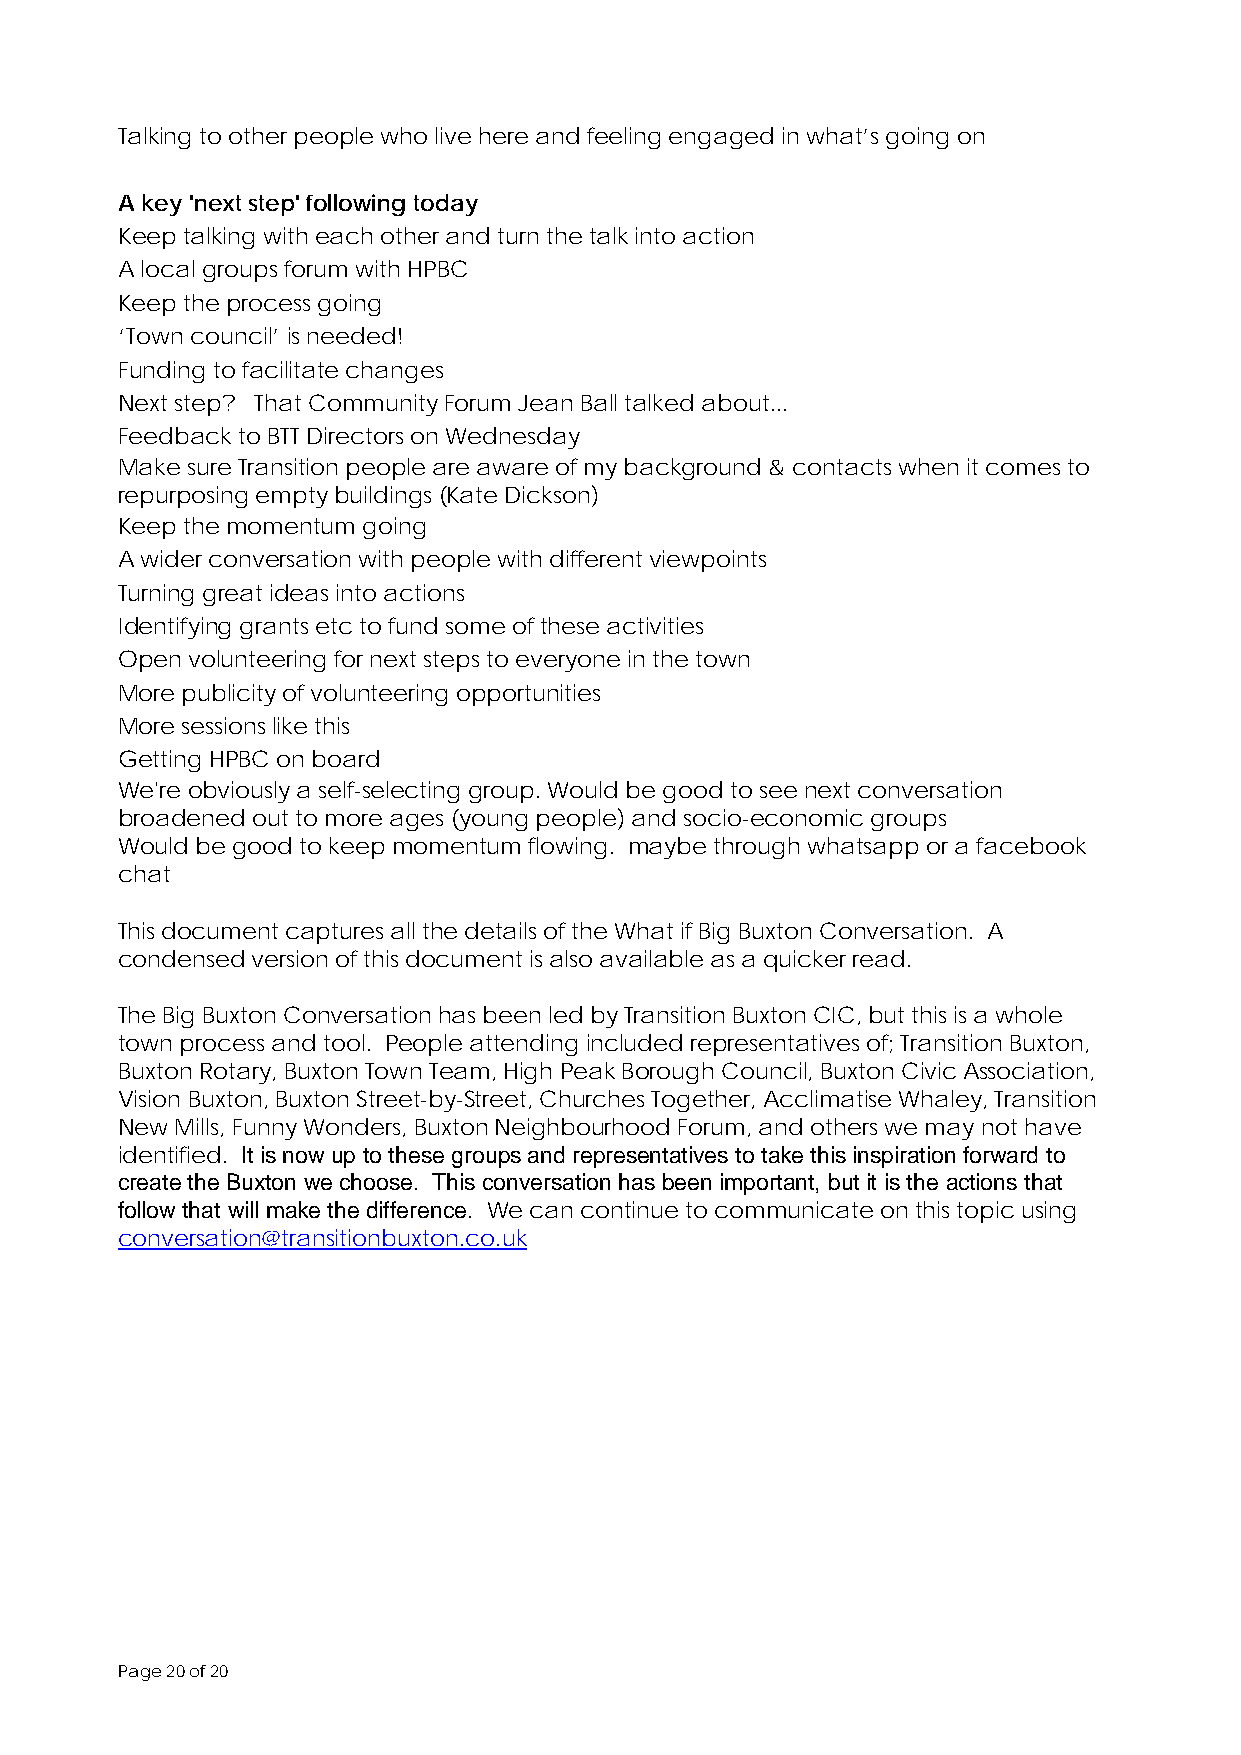
Talking to other people who live here and feeling engaged in what’s going on
 A key 'next step' following today
 Keep talking with each other and turn the talk into action
 A local groups forum with HPBC
 Keep the process going
 ‘Town council’ is needed!
 Funding to facilitate changes
 Next step? That Community Forum Jean Ball talked about...
 Feedback to BTT Directors on Wednesday
 Make sure Transition people are aware of my background & contacts when it comes to
 repurposing empty buildings (Kate Dickson)
 Keep the momentum going
 A wider conversation with people with different viewpoints
 Turning great ideas into actions
 Identifying grants etc to fund some of these activities
 Open volunteering for next steps to everyone in the town
 More publicity of volunteering opportunities
 More sessions like this
 Getting HPBC on board
 We're obviously a self-selecting group. Would be good to see next conversation
 broadened out to more ages (young people) and socio-economic groups
 Would be good to keep momentum flowing. maybe through whatsapp or a facebook
 chat
 This document captures all the details of the What if Big Buxton Conversation. A
 condensed version of this document is also available as a quicker read.
 The Big Buxton Conversation has been led by Transition Buxton CIC, but this is a whole
 town process and tool. People attending included representatives of; Transition Buxton,
 Buxton Rotary, Buxton Town Team, High Peak Borough Council, Buxton Civic Association,
 Vision Buxton, Buxton Street-by-Street, Churches Together, Acclimatise Whaley, Transition
 New Mills, Funny Wonders, Buxton Neighbourhood Forum, and others we may not have
 identified. It is now up to these groups and representatives to take this inspiration forward to
 create the Buxton we choose. This conversation has been important, but it is the actions that
 follow that will make the difference. We can continue to communicate on this topic using
 conversation@transitionbuxton.co.uk
 Page 20 of 20